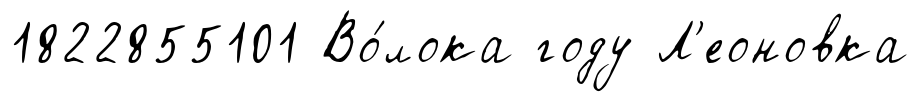
1822855101 Во́лока году Л'еоновка